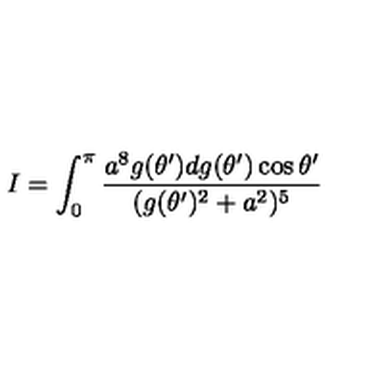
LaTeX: I = \int _ { 0 } ^ { \pi } { \frac { a ^ { 8 } g ( \theta ^ { \prime } ) d g ( \theta ^ { \prime } ) \cos \theta ^ { \prime } } { ( g ( \theta ^ { \prime } ) ^ { 2 } + a ^ { 2 } ) ^ { 5 } } }